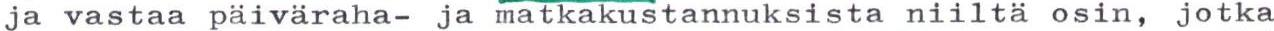
ja vastaa päiväraha- ja matkakustannuksista niiltä osin, jotka